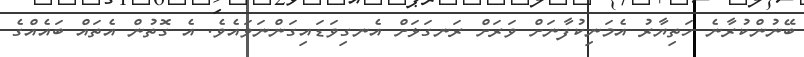
ބޭނުންކުރާނެ ހަތިޔާރު އެމަނިކުފާނަށް ވަރަށް ރަނގަޅަށް އެނގިވަޑައިގަންނަވައެވެ. އެ ގޮތުން އެތައް ބައެއްގެ